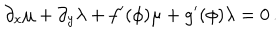
LaTeX: \partial _ { x } \mu + \partial _ { y } \lambda + f ^ { \prime } ( \phi ) \mu + g ^ { \prime } ( \phi ) \lambda = 0 \, .